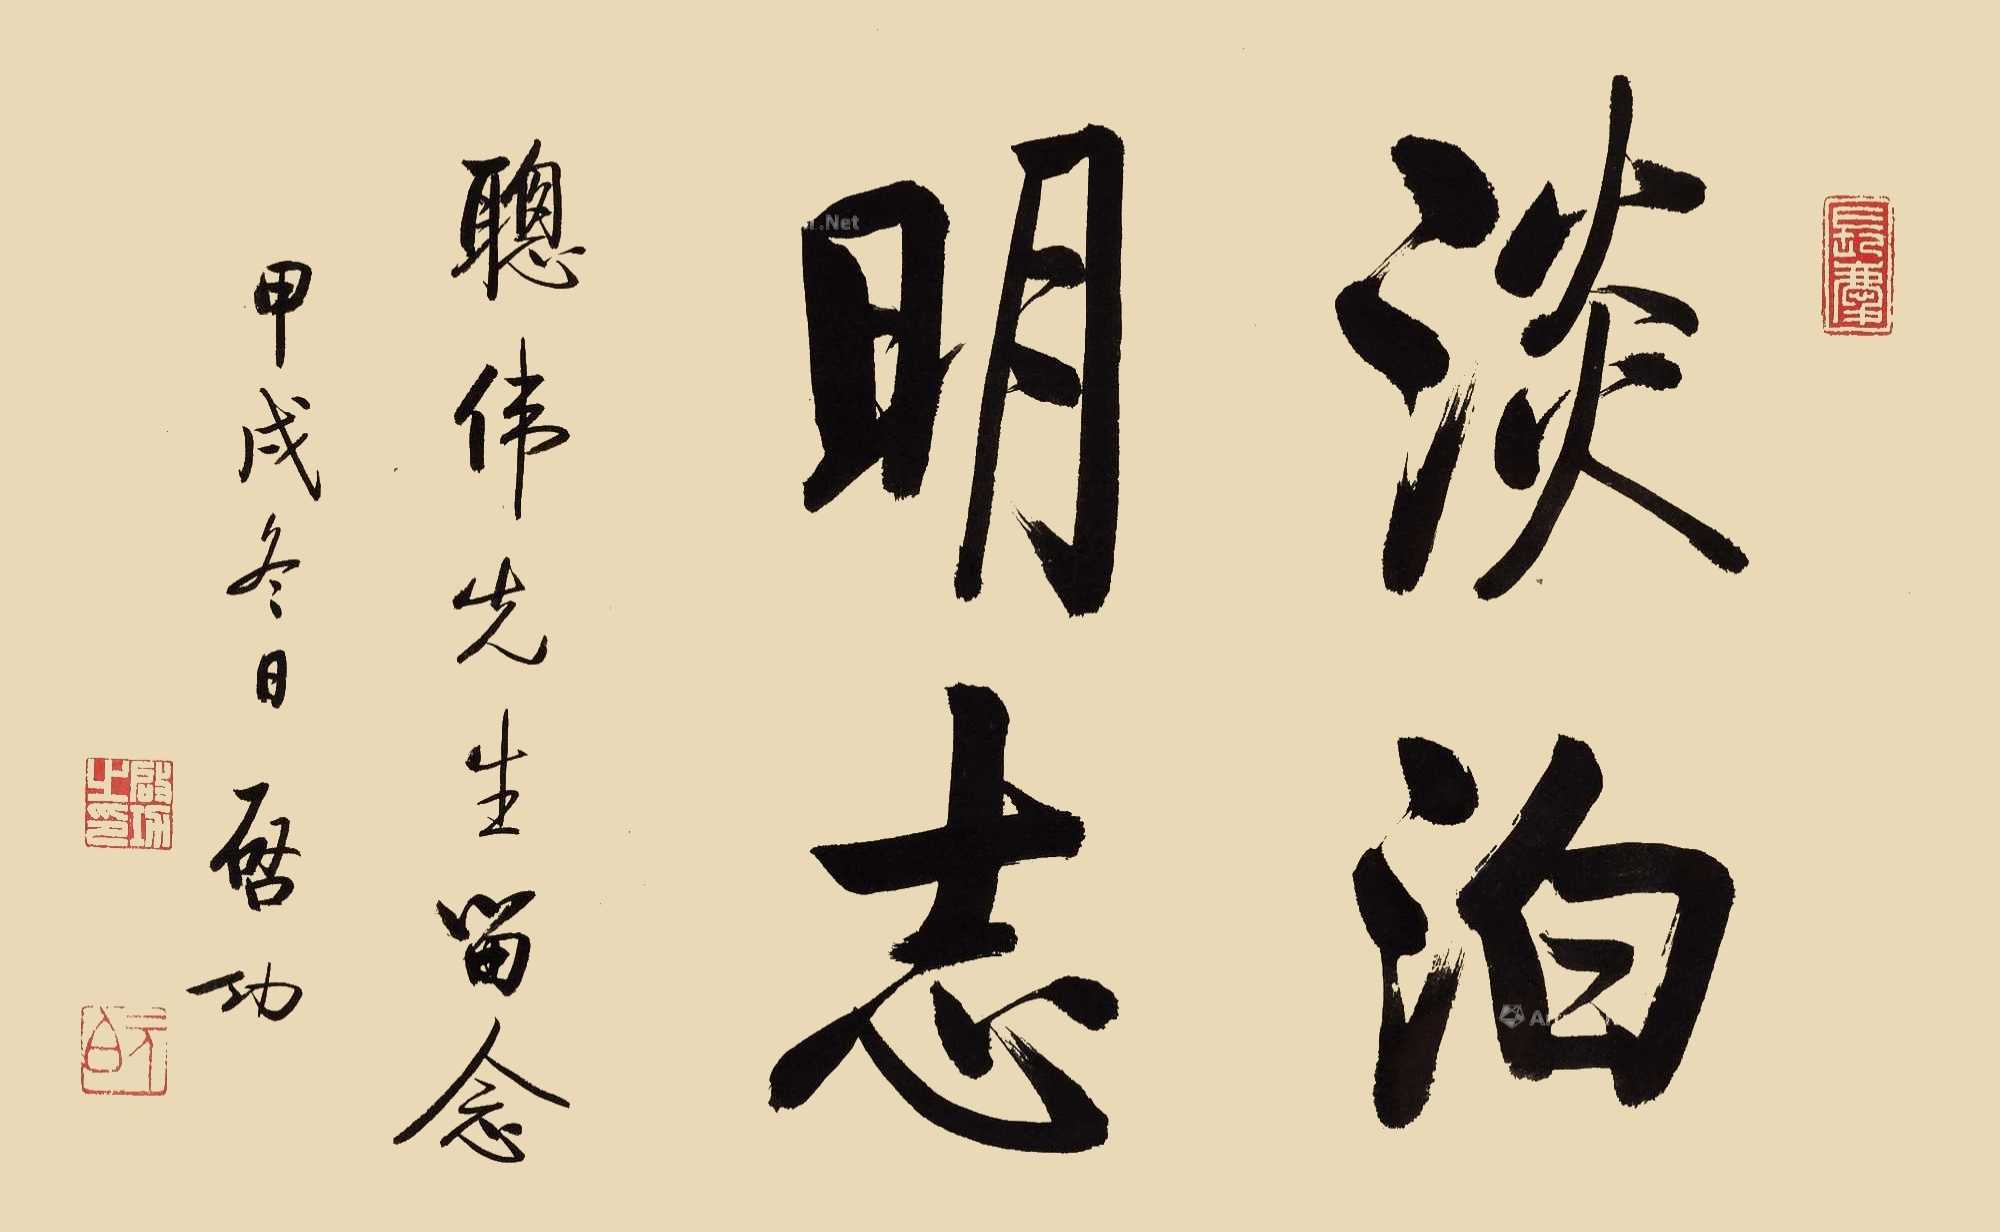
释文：淡泊明志。聪伟先生留念。甲戌冬日，启功。